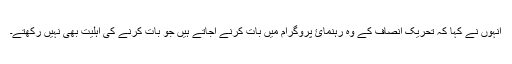
انہوں نے کہا کہ تحریک انصاف کے وہ رہنمائ پروگرام میں بات کرنے آجاتے ہیں جو بات کرنے کی اہلیت بھی نہیں رکھتے۔